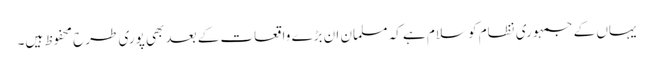
یہاں کے جمہوری نظام کو سلام ہے کہ مسلمان ان بڑے واقعات کے بعد بھی پوری طرح محفوظ ہیں۔